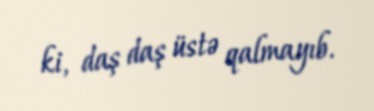
ki, daş daş üstə qalmayıb.